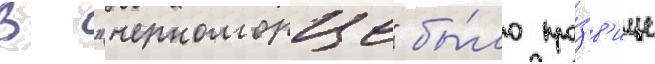
В "черноморце" бы́ло про́зв'ище